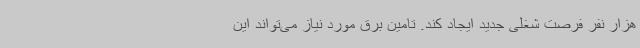
هزار نفر فرصت شغلی جدید ایجاد کند. تامین برق مورد نیاز می‌تواند این